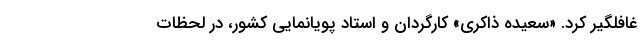
غافلگیر کرد. «سعیده ذاکری» کارگردان و استاد پویانمایی کشور، در لحظات